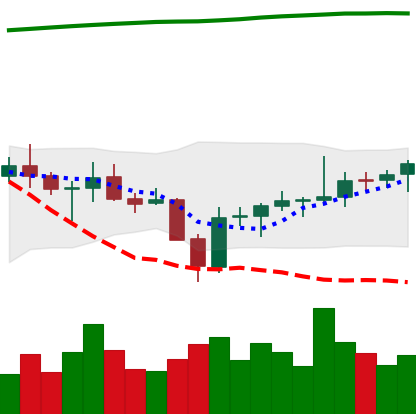
Ticker: BNB-USD
Chart end date: 2021-07-30
Forward return: 3.719%
Label: up_3_5